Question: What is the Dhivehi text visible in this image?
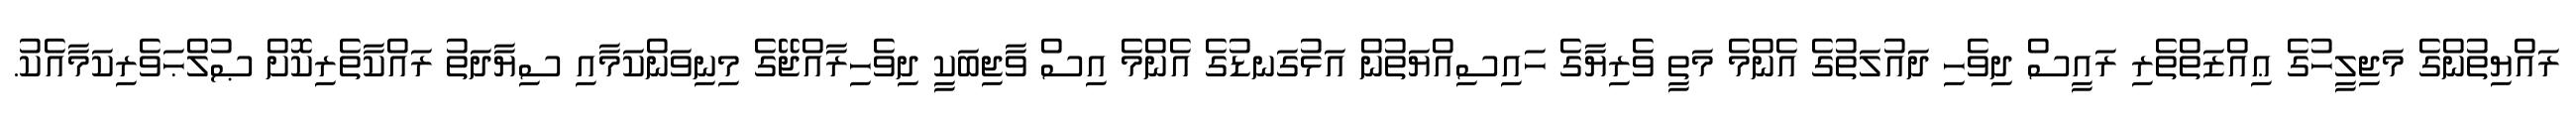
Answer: ރައްޔިތުންގެ މަޖިލީހުގެ ޢިއްޒަތްތެރި ރައީސް ދިވެހި ދައުލަތުގެ އެންމެ މަތީ ވެރިޔާގެ ހައިސިއްޔަތުން އަޅުގަނޑުގެ އެންމެ އިސް ވާޖިބަކީ ދިވެހިރާއްޖޭގެ މިނިވަންކަމާއި ސިޔާދަތު ރައްކާތެރިކޮށް ޞުލްޙަވެރިކަމާއެކު.